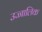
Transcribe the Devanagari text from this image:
उज्जालिक